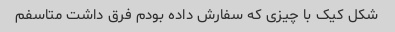
شکل کیک با چیزی که سفارش داده بودم فرق داشت متاسفم